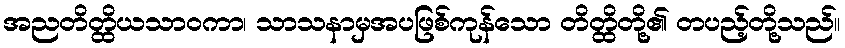
အညတိတ္ထိယသာဝကာ၊ သာသနာမှအပဖြစ်ကုန်သော တိတ္ထိတို့၏ တပည့်တို့သည်။